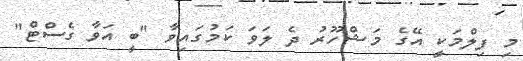
މި ފިލްމަކީ އޭގެ މަޝްހޫރު ދެ ލަވަ ކަމުގައިވާ "ބީ އަވާ ގެސްޓް"